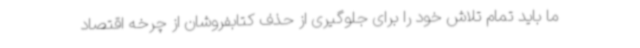
ما باید تمام تلاش خود را برای جلوگیری از حذف کتابفروشان از چرخه اقتصاد